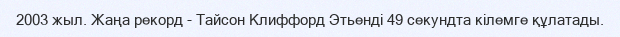
2003 жыл. Жаңа рекорд - Тайсон Клиффорд Этьендi 49 секундта кiлемге құлатады.